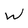
Character: W